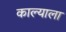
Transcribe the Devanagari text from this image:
काल्याला